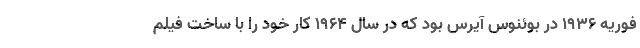
فوریه ۱۹۳۶ در بوئنوس آیرس بود که در سال ۱۹۶۴ کار خود را با ساخت فیلم